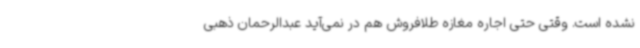
نشده است. وقتی حتی اجاره مغازه طلافروش هم در نمی‌آید عبدالرحمان ذهبی